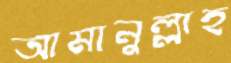
আমানুল্লাহ